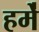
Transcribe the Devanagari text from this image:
हमे॑